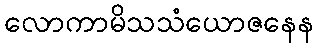
လောကာမိသသံယောဇနေန